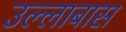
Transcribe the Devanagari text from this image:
उल्लाबास